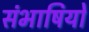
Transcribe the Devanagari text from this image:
संभाषियों